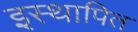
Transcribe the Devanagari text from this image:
इस्थापित